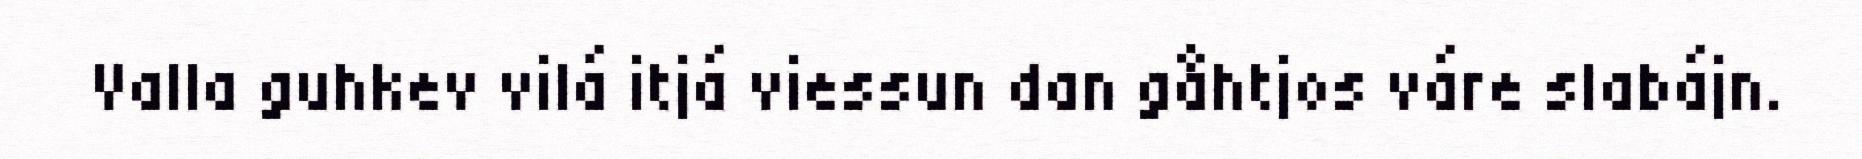
Valla guhkev vilá itjá viessun dan gåhtjos váre slabájn.